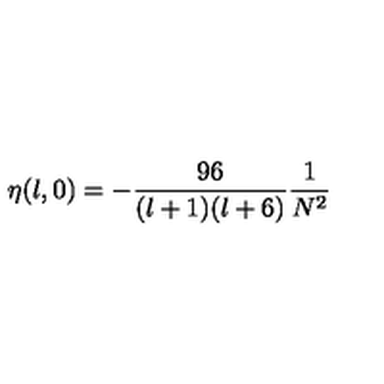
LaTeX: \eta ( l , 0 ) = - \frac { 9 6 } { ( l + 1 ) ( l + 6 ) } \frac { 1 } { N ^ { 2 } }